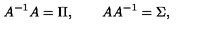
A ^ { - 1 } A = \Pi , \qquad A A ^ { - 1 } = \Sigma ,